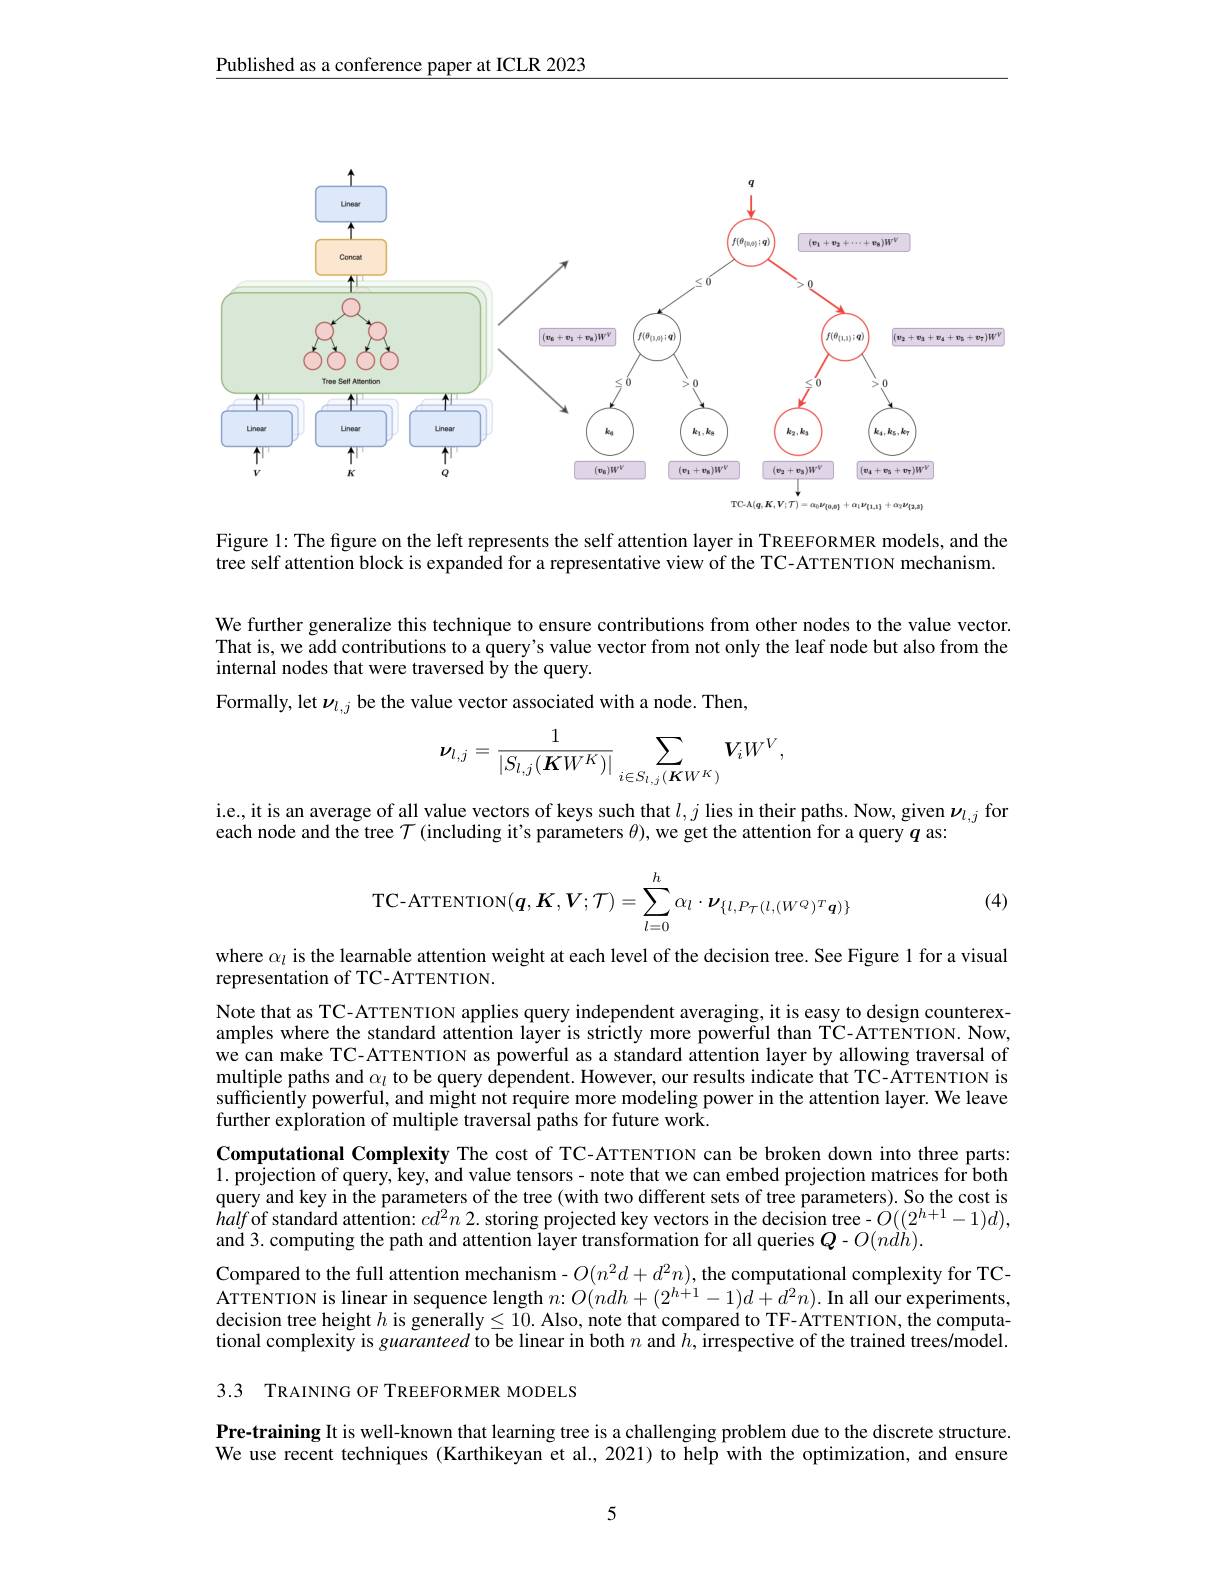
Published as a conference paper at ICLR 2023

<FigureHere>

Figure 1: The figure on the left represents the self attention layer in TREEFORMER models, and the tree self attention block is expanded for a representative view of the TC-ATTENTION mechanism.

We further generalize this technique to ensure contributions from other nodes to the value vector. That is, we add contributions to a query's value vector from not only the leaf node but also from the internal nodes that were traversed by the query.
Formally, let $\nu_{l,j}$ be the value vector associated with a node. Then,
$$\boldsymbol{\nu}_{l,j}=\frac{1}{|S_{l,j}(\boldsymbol{K}W^{K})|}\sum_{i\in S_{l,j}(\boldsymbol{K}W^{K})}\boldsymbol{V}_{i}W^{V},$$
$\begin{array}{l}\text{i.e., it is an average of all value vectors of keys such that }l,j\text{ lies in their paths. Now, given }\nu_{l,j}\\\text{each node and the tree}\mathcal{T}\text{ (including it's parameters }\theta),\text{we get the attention for a query }q\mathrm{~as:}\end{array}$
$$\text{TC-ATTENTION}(\boldsymbol{q},\boldsymbol{K},\boldsymbol{V};\boldsymbol{T})=\sum_{l=0}^{h}\alpha_{l}\cdot\boldsymbol{\nu}_{\{l,P_{\mathcal{T}}(l,(W^{Q})^{T}\boldsymbol{q})\}}$$
(4)

where $\alpha_l$ is the learnable attention weight at each level of the decision tree. See Figure 1 for a visual
representation of TC-ATTENTION.

Note that as TC-ATTENTION applies query independent averaging, it is easy to design counterexamples where the standard attention layer is strictly more powerful than TC-ATTENTION. Now, we can make TC-ATTENTION as powerful as a standard attention layer by allowing traversal of multiple paths and $\alpha_\iota$ to be query dependent. However, our results indicate that TC-ATTENTION is sufficiently powerful, and might not require more modeling power in the attention layer. We leave further exploration of multiple traversal paths for future work.
Computational Complexity The cost of TC-ATTENTION can be broken down into three parts: 1. projection of query, key, and value tensors- note that we can embed projection matrices for both query and key in the parameters of the tree (with two different sets of tree parameters). So the cost is half of standard attention: $cd^2n$ 2. storing projected key vectors in the decision tree- $O((2^{h+1}-1)d)$, and 3. computing the path and attention layer transformation for all queries $Q-O(nd\grave{h}).$
Compared to the full attention mechanism -$O(n^2d+d^2n)$,the computational complexity for TCATTENTION is linear in sequence length $n{:}O(ndh+(2^{h{^{\prime}+1}}-1)d+d^{2}n).$ In all our experiments, decision tree height $h$ is generally$\leq10.$ Also, note that compared to TF-ATTENTION, the computational complexity is guaranteed to be linear in both $n$ and $\hat{h}$,irrespective of the trained trees/model.

3.3 TRAINING OF TREEFORMER MODELS

Pre-training It is well-known that learning tree is a challenging problem due to the discrete structure. We use recent techniques (Karthikeyan et al., 2021) to help with the optimization, and ensure

5